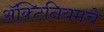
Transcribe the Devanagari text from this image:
ॲक्टिनियमचे